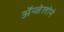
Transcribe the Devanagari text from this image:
ॲन्जेलोने